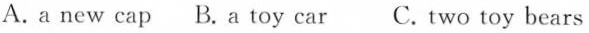
A.a new cap B. A toy car C.Two toy bears